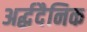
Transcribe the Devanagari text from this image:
अर्द्धदैनिक